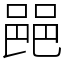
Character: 䣈